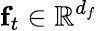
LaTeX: \mathbf{f}_{t}\in\mathbb{R}^{d_{f}}